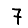
Digit: 7